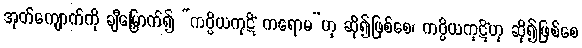
အုတ်ကျောက်ကို ချီမြှောက်၍ “ကပ္ပိယကုဋိံ ကရောမ”ဟု ဆို၍ဖြစ်စေ၊ ကပ္ပိယကုဋိံဟု ဆို၍ဖြစ်စေ